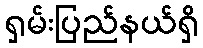
ရှမ်းပြည်နယ်ရှိ